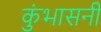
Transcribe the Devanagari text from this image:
कुंभासनी